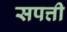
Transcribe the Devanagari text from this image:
सपत्ती